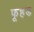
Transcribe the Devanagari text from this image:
फूहड